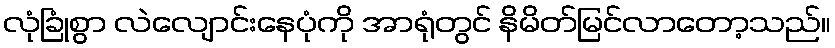
လုံခြုံစွာ လဲလျောင်းနေပုံကို အာရုံတွင် နိမိတ်မြင်လာတော့သည်။